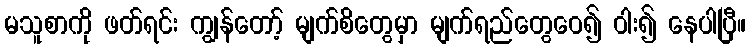
မသူစာကို ဖတ်ရင်း ကျွန်တော့် မျက်စိတွေမှာ မျက်ရည်တွေဝေ၍ ဝါး၍ နေပါပြီ။